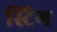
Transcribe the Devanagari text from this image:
स्टिग